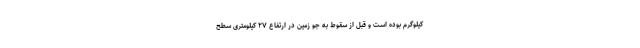
کیلوگرم بوده است و قبل از سقوط به جو زمین در ارتفاع ۲۷ کیلومتری سطح